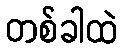
တစ်ခါထဲ